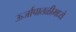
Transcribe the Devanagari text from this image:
ऊर्जापातळीमध्ये